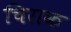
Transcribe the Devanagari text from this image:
चिराक